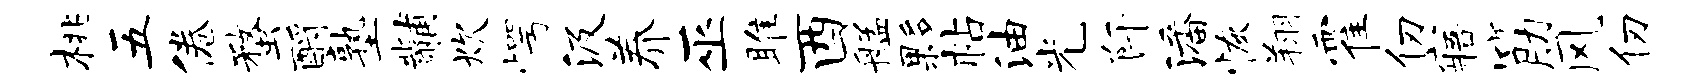
桃五倦蝥酹塾黼炊愕汲养巫雎酉艋夥帖油光阡潘恢翔霍仞寤筋风仞